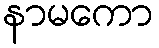
နာမကော